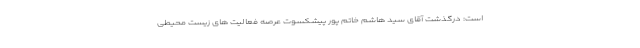
است: درگذشت آقای سید هاشم خاتم پور پیشکسوت عرصه فعالیت های زیست محیطی